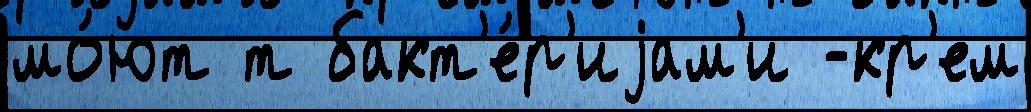
мо́ют т бакт'е́р'иjам'и -кр'ем